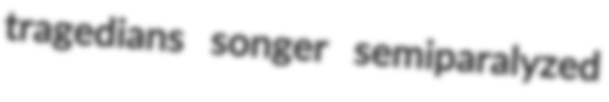
tragedians songer semiparalyzed